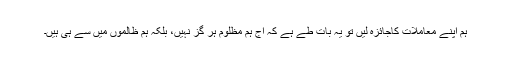
ہم اپنے معاملات کاجائزہ لیں تو یہ بات طے ہے کہ آج ہم مظلوم ہر گز نہیں، بلکہ ہم ظالموں میں سے ہی ہیں۔